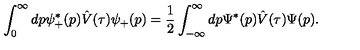
\int _ { 0 } ^ { \infty } d p \psi _ { + } ^ { * } ( p ) \hat { V } ( \tau ) \psi _ { + } ( p ) = \frac { 1 } { 2 } \int _ { - \infty } ^ { \infty } d p \Psi ^ { * } ( p ) \hat { V } ( \tau ) \Psi ( p ) .